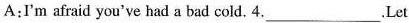
A:Γ'm afraid you've had a bad cold. 4.___.Let